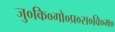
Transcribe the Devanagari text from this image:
जु०कि०गो०प्र०स०वि०म०